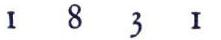
1831